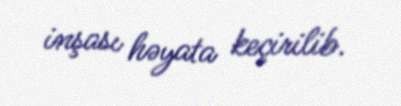
inşası həyata keçirilib.